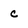
Character: c